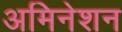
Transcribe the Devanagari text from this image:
अमिनेशन